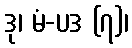
ဒု၊ မံ-ပဒ (၇)၊